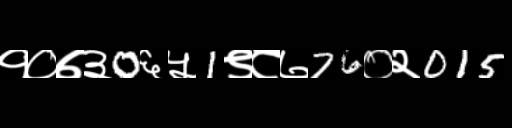
Text: १०७३0६५1९८७76०२015